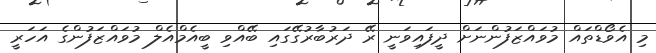
މި އެވޯޑްތައް މުވައްޒަފުންނަށް ދީފައިވަނީ ރޭ ދަރުބާރުގޭގައި ބޭއްވި ބީއެމްއެލް މުވައްޒަފުންގެ އަހަރީ